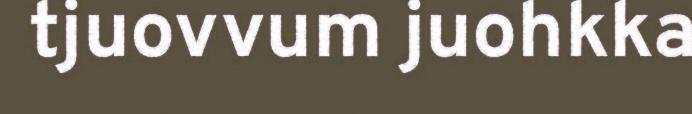
tjuovvum juohkka